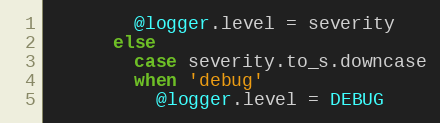
Language: Ruby
        @logger.level = severity
      else
        case severity.to_s.downcase
        when 'debug'
          @logger.level = DEBUG